Indian journal of veterinary science and animal husbandry - Volumes 15-17, 1948-1951
Year: 1948
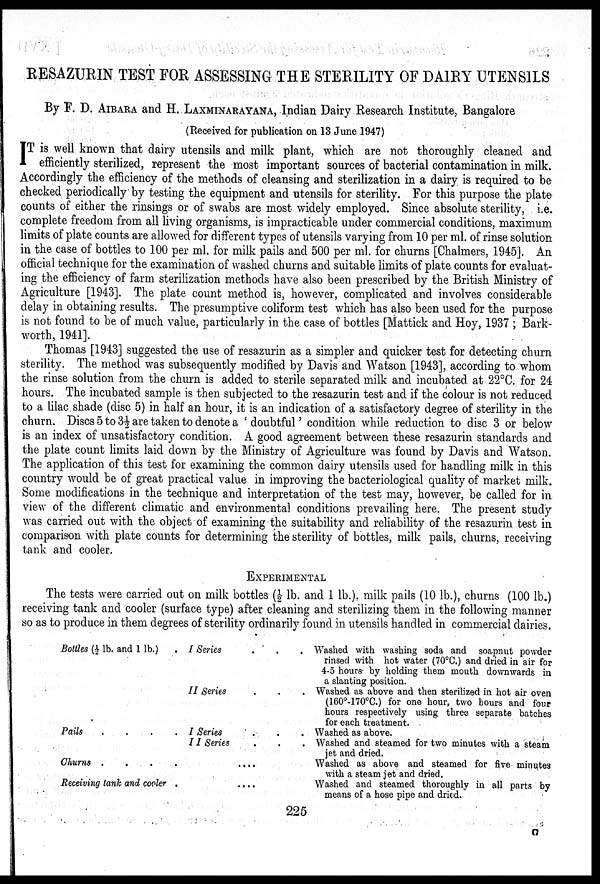
RESAZURIN TEST FOR ASSESSING THE STERILITY OF DAIRY UTENSILS
By F. D. AIBARA and H. LAXMINARAYANA, Indian Dairy Research Institute, Bangalore
(Received for publication on 13 June 1947)
I T is well known that dairy utensils and milk plant, which are not thoroughly cleaned and
efficiently sterilized, represent the most important sources of bacterial contamination in milk.
Accordingly the efficiency of the methods of cleansing and sterilization in a dairy is required to be
checked periodically by testing the equipment and utensils for sterility. For this purpose the plate
counts of either the rinsings or of swabs are most widely employed. Since absolute sterility, i.e.
complete freedom from all living organisms, is impracticable under commercial conditions, maximum
limits of plate counts are allowed for different types of utensils varying from 10 per ml. of rinse solution
in the case of bottles to 100 per ml. for milk pails and 500 per ml. for churns [Chalmers, 1945]. An
official technique for the examination of washed churns and suitable limits of plate counts for evaluat-
ing the efficiency of farm sterilization methods have also been prescribed by the British Ministry of
Agriculture [1943]. The plate count method is, however, complicated and involves considerable
delay in obtaining results. The presumptive coliform test which has also been used for the purpose
is not found to be of much value, particularly in the case of bottles [Mattick and Hoy, 1937 ; Bark-
worth, 1941].
Thomas [1943] suggested the use of resazurin as a simpler and quicker test for detecting churn
sterility. The method was subsequently modified by Davis and Watson [1943], according to whom
the rinse solution from the churn is added to sterile separated milk and incubated at 22°C. for 24
hours. The incubated sample is then subjected to the resazurin test and if the colour is not reduced
to a lilac shade (disc 5) in half an hour, it is an indication of a satisfactory degree of sterility in the
churn. Discs 5 to 3½ are taken to denote a ' doubtful' condition while reduction to disc 3 or below
is an index of unsatisfactory condition. A good agreement between these resazurin standards and
the plate count limits laid down by the Ministry of Agriculture was found by Davis and Watson.
The application of this test for examining the common dairy utensils used for handling milk in this
country would be of great practical value in improving the bacteriological quality of market milk.
Some modifications in the technique and interpretation of the test may, however, be called for in
view of the different climatic and environmental conditions prevailing here. The present study
was carried out with the object of examining the suitability and reliability of the resazurin test in
comparison with plate counts for determining the sterility of bottles, milk pails, churns, receiving
tank and cooler.
EXPERIMENTAL
The tests were carried out on milk bottles (½ lb. and 1 lb.), milk pails (10 lb.), churns (100 lb.)
receiving tank and cooler (surface type) after cleaning and sterilizing them in the following manner
so as to produce in them degrees of sterility ordinarily found in utensils handled in commercial dairies.
Bottles (½ lb. and 1 lb.) .
Pails
.
.
.
.
Churns
.
.
.
.
Receiving tank and cooler .
I Series . . .
II Series
I Series . . .
II
Series . . .
....
....
Washed with washing soda and soapnut powder
rinsed with hot water (70°C.) and dried in air for
4-5 hours by holding them mouth downwards in
a slanting position.
Washed as above and then sterilized in hot air oven
(160°-170°C.) for one hour, two hours and four
hours respectively using three separate batches
for each treatment.
Washed as above.
Washed and steamed for two minutes with a steam
jet and dried.
Washed as above and steamed for five minutes
with a steam jet and dried.
Washed and steamed thoroughly in all parts by
means of a hose pipe and dried.
225
O